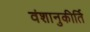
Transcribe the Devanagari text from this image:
वंशानुकीर्ति